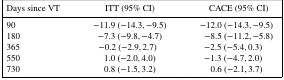
<table><thead><tr><td><b>Days since VT</b></td><td><b>ITT (95% CI)</b></td><td><b>CACE (95% CI)</b></td></tr></thead><tbody><tr><td>90</td><td>−11.9(−14.3,−9.5)</td><td>−12.0(−14.3,−9.5)</td></tr><tr><td>180</td><td>−7.3(−9.8,−4.7)</td><td>−8.5(−11.2,−5.8)</td></tr><tr><td>365</td><td>−0.2(−2.9,2.7)</td><td>−2.5(−5.4,0.3)</td></tr><tr><td>550</td><td>1.0(−2.0,4.0)</td><td>−1.3(−4.7,2.0)</td></tr><tr><td>730</td><td>0.8(−1.5,3.2)</td><td>0.6(−2.1,3.7)</td></tr></tbody></table>